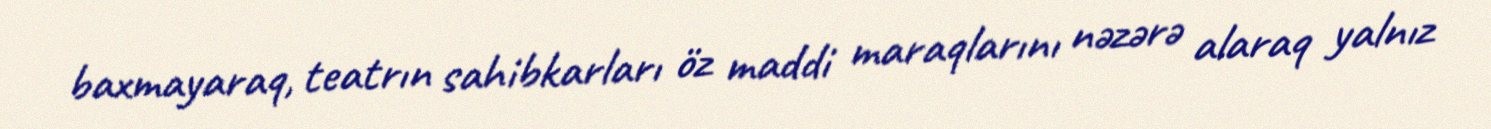
baxmayaraq, teatrın sahibkarları öz maddi maraqlarını nəzərə alaraq yalnız